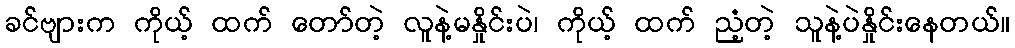
ခင်ဗျားက ကိုယ့် ထက် တော်တဲ့ လူနဲ့မနှိုင်းပဲ၊ ကိုယ့် ထက် ညံ့တဲ့ သူနဲ့ပဲနှိုင်းနေတယ်။